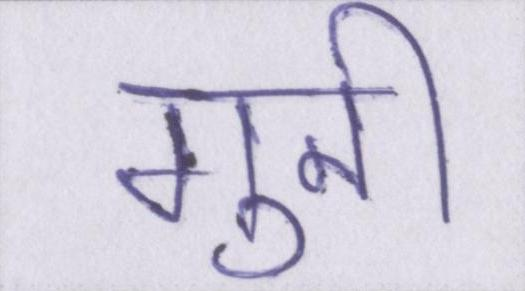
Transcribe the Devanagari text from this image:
गुनी